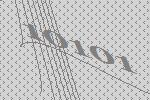
10101